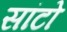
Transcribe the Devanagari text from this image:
सांटो